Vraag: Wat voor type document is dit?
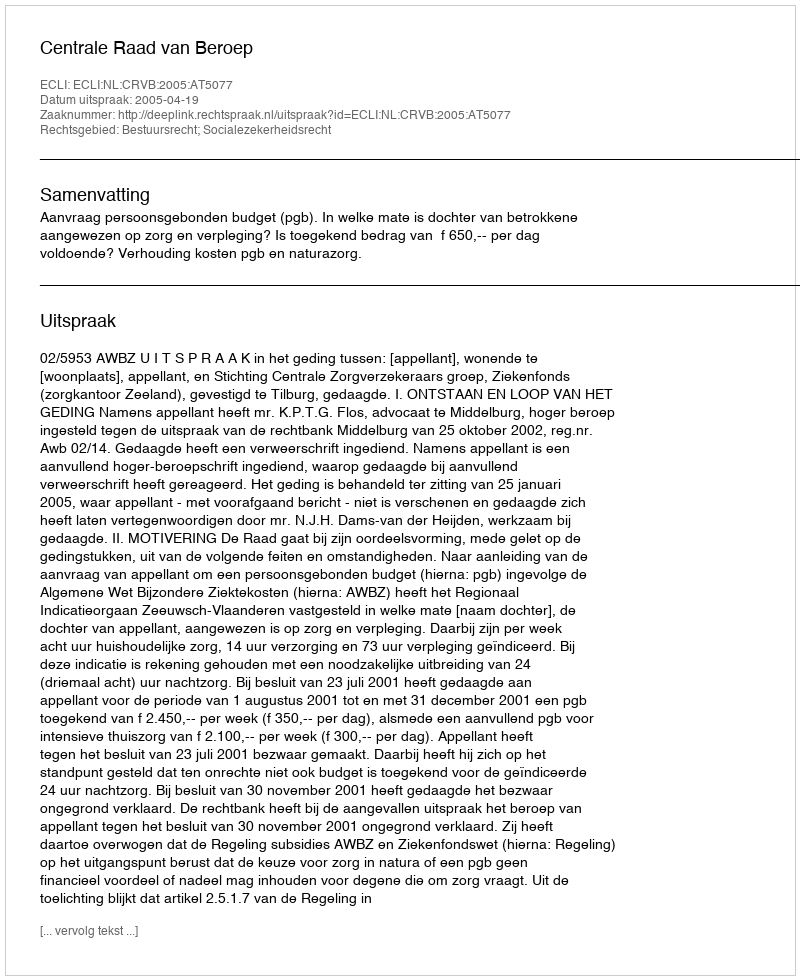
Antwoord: Uitspraak